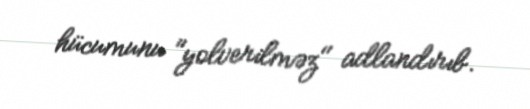
hücumunu "yolverilməz" adlandırıb.